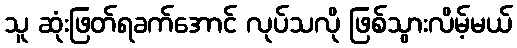
သူ ဆုံးဖြတ်ရခက်အောင် လုပ်သလို ဖြစ်သွားလိမ့်မယ်